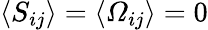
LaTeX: \langle S_{ij}\rangle=\langle\varOmega_{ij}\rangle=0